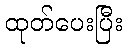
ထုတ်ပေးပြီး